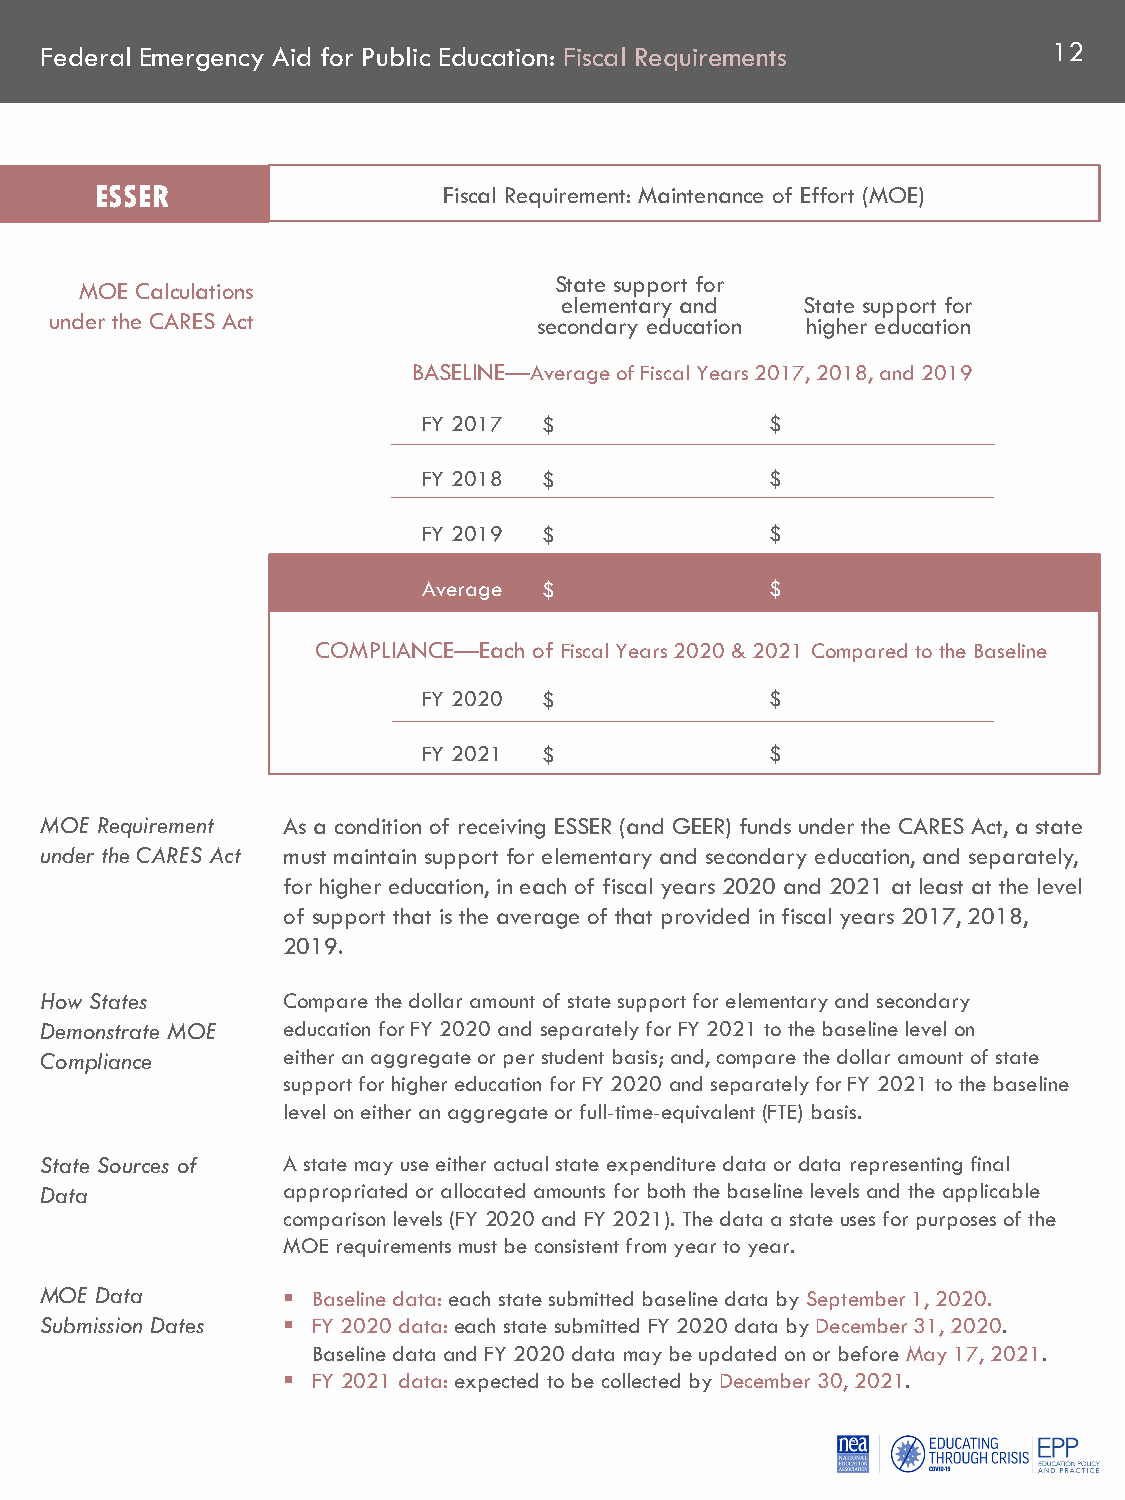
Federal Emergency Aid for Public Education: Fiscal Requirements    12
 ESSER                  Fiscal Requirement: Maintenance of Effort (MOE)
 State support for
 MOE Calculations
 elementary and  State support for
 under the CARES Act              secondary education higher education
 BASELINE—Average of Fiscal Years 2017, 2018, and 2019
 FY 2017 $              $
 FY 2018 $              $
 FY 2019 $              $
 Average $              $
 COMPLIANCE—Each of Fiscal Years 2020 & 2021 Compared to the Baseline
 FY 2020 $              $
 FY 2021 $              $
 MOE Requirement As a condition of receiving ESSER (and GEER) funds under the CARES Act, a state
 under the CARES Act must maintain support for elementary and secondary education, and separately,
 for higher education, in each of fiscal years 2020 and 2021 at least at the level
 of support that is the average of that provided in fiscal years 2017, 2018,
 2019.
 How States      Compare the dollar amount of state support for elementary and secondary
 Demonstrate MOE education for FY 2020 and separately for FY 2021 to the baseline level on
 Compliance      either an aggregate or per student basis; and, compare the dollar amount of state
 support for higher education for FY 2020 and separately for FY 2021 to the baseline
 level on either an aggregate or full-time-equivalent (FTE) basis.
 State Sources of A state may use either actual state expenditure data or data representing final
 Data            appropriated or allocated amounts for both the baseline levels and the applicable
 comparison levels (FY 2020 and FY 2021). The data a state uses for purposes of the
 MOE requirements must be consistent from year to year.
 MOE Data         Baseline data:each state submitted baseline data by September 1, 2020.
 Submission Dates  FY 2020 data: each state submitted FY 2020 data by December 31, 2020.
 Baseline data and FY 2020 data may be updated on or before May 17, 2021.
  FY 2021 data: expected to be collected by December 30, 2021.